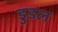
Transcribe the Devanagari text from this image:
डुडल